Outbreak of cholera in the village of Akhoree, in the Mirzapore district
Disease focus: Cholera
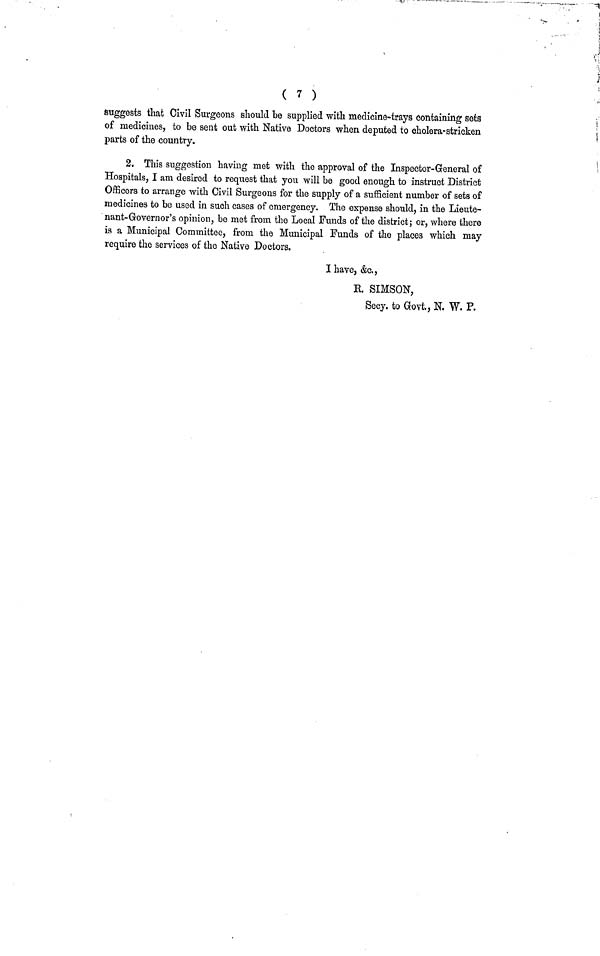
( 7 )
suggests that Civil Surgeons should be supplied with medicine-trays containing seta
of medicines, to be sent out with Native Doctors when deputed to cholera-stricken
parts of the country.
2. This suggestion having met with the approval of the Inspector-General of
Hospitals, I am desired to request that you will be good enough to instruct District
Officers to arrange with Civil Surgeons for the supply of a sufficient number of sets of
medicines to be used in such cases of emergency. The expense should, in the Lieute-
nant-Governor's opinion, bo met from the Local Funds of the district; or, where there
is a Municipal Committee, from the Municipal Funds of the places which may
require the services of the Native Doctors.
I have, &c.,
R. SIMSON,
Secy. to Govt., N. W. P.